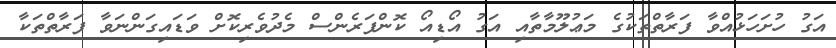
އަގު ހުށަހަޅުއްވާ ފަރާތްތަކުގެ މަޢުލޫމާތާއި އަގު އޯޑިއޯ ކޮންފަރެންސް މެދުވެރިކޮށް ވަޑައިގަންނަވާ ފަރާތްތަކާ